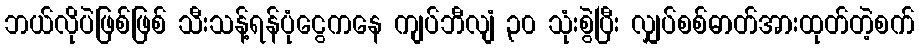
ဘယ်လိုပဲဖြစ်ဖြစ် သီးသန့်ရန်ပုံငွေကနေ ကျပ်ဘီလျံ ၃၀ သုံးစွဲပြီး လျှပ်စစ်ဓာတ်အားထုတ်တဲ့စက်